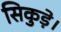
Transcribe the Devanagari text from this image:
सिकुड़े।